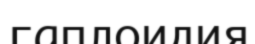
гаплоидия